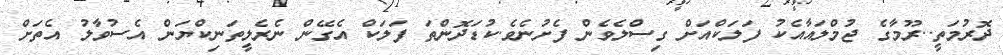
ދޮރުމަތީ..ރޫމާގެ ޖުމްލައާއެކު ފަލަކްއަށް ގިސްލެވެން ފެށުނެވެ.ކުޑަދޮންތަ ފަލަކް އެގޭން ނެރެލީތަނިކްޔަން އެސުވާލު އެތަށް